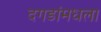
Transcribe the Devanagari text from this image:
दगडांमधला